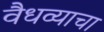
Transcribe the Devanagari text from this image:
वैधव्याचा